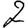
Digit: 2